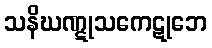
သနိဃဏ္ဋုသကေဋုဘေ